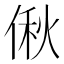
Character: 偢